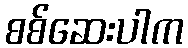
စစ်ဆေးပါက